Report on the lunatic asylums under the Government of Bombay - 1904-1913
Year: 1904
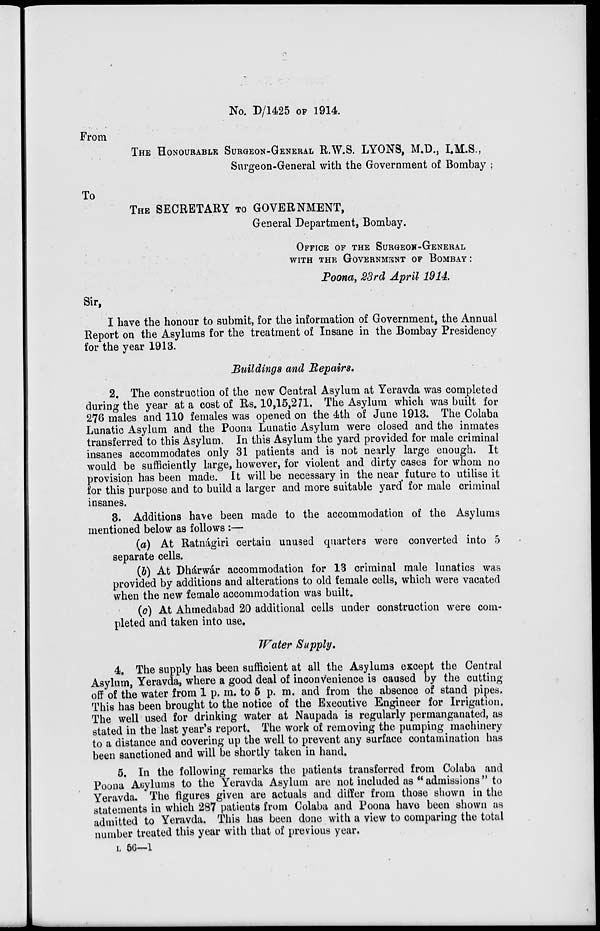
No. D/1425 OF 1914
From
THE HONOURABLE SURGEON-GENERAL R.W.S. LYONS, M.D., I.M.S.,
Surgeon-General with the Government of Bombay ;
To
THE SECRETARY TO GOVERNMENT,
General Department, Bombay.
OFFICE OF THE SURGEON-GENERAL
WITH THE GOVERNMENT OF BOMBAY :
Poona, 23rd April 1914.
Sir,
I have the honour to submit, for the information of Government, the Annual
Report on the Asylums for the treatment of Insane in the Bombay Presidency
for the year 1913.
Buildings and Repairs.
2. The construction of the new Central Asylum at Yeravda was completed
during the year at a cost of Rs. 10,15,271. The Asylum which was built for
276 males and 110 females was opened on the 4th of June 1913. The Colaba
Lunatic Asylum and the Poona Lunatic Asylum were closed and the inmates
transferred to this Asylum. In this Asylum the yard provided for male criminal
insanes accommodates only 31 patients and is not nearly large enough. It
would be sufficiently large, however, for violent and dirty cases for whom no
provision has been made. It will be necessary in the near future to utilise it
for this purpose and to build a larger and more suitable yard for male criminal
insanes.
3. Additions have been made to the accommodation of the Asylums
mentioned below as follows :—
(a) At Ratnágiri certain unused quarters were converted into 5
separate cells.
(b) At Dhárwár accommodation for 13 criminal male lunatics was
provided by additions and alterations to old female cells, which were vacated
when the new female accommodation was built.
(c) At Ahmedabad 20 additional cells under construction were com-
pleted and taken into use.
Water Supply.
4. The supply has been sufficient at all the Asylums except the Central
Asylum, Yeravda, where a good deal of inconvenience is caused by the cutting
off of the water from 1 p. m. to 5 p. m. and from the absence of stand pipes.
This has been brought to the notice of the Executive Engineer for Irrigation.
The well used for drinking water at Naupada is regularly permanganated, as
stated in the last year's report. The work of removing the pumping machinery
to a distance and covering up the well to prevent any surface contamination has
been sanctioned and will be shortly taken in hand.
5. In the following remarks the patients transferred from Colaba and
Poona Asylums to the Yeravda Asylum are not included as "admissions" to
Yeravda. The figures given are actuals and differ from those shown in the
statements in which 287 patients from Colaba and Poona have been shown as
admitted to Yeravda. This has been done with a view to comparing the total
number treated this year with that of previous year.
L 56—1